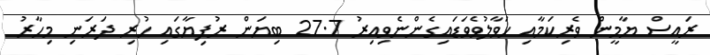
ރައީސް ޔާމީން ވެރިކަމާއި ހަވާލުވެވަޑައިގެންނެވިއިރު 27.7 ބިޔަން ރުފިޔާގައި ހުރި ދަރަނި މިހާރު